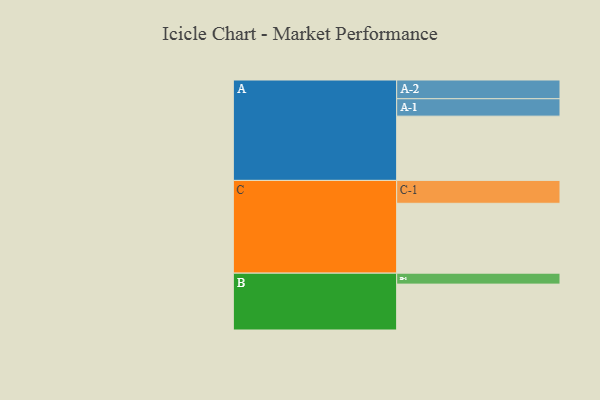
{"axis": {"x": "Segment", "y": "Value"}, "legend": ["", "A", "B", "C"], "data": [{"x": "A", "y": 528, "type": ""}, {"x": "B", "y": 377, "type": ""}, {"x": "C", "y": 574, "type": ""}, {"x": "A-1", "y": 143, "type": "A"}, {"x": "A-2", "y": 154, "type": "A"}, {"x": "B-1", "y": 90, "type": "B"}, {"x": "C-1", "y": 188, "type": "C"}]}